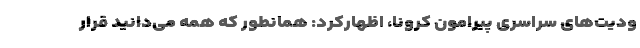
ودیت‌های سراسری پیرامون کرونا، اظهارکرد: همانطور که همه می‌دانید قرار